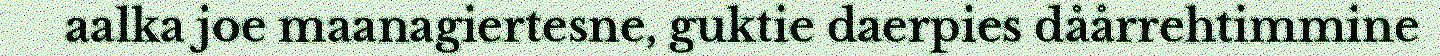
aalka joe maanagiertesne, guktie daerpies dåårrehtimmine